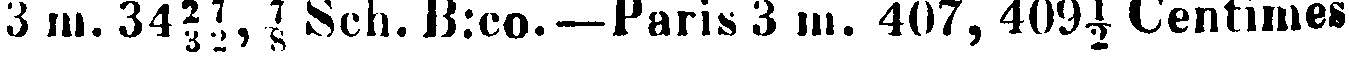
3 m.34 ²/з ½, ⅞ Sch.B:co.— Paris 3 m. 407, 409½ Centimes.